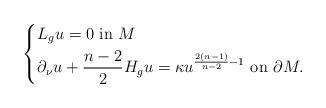
LaTeX: \begin{align*}\left\{\begin{aligned}&L_{g}u=0\ \hbox{in }M\\&{\partial_\nu}u+\frac{n-2}{2}H_{g}u=\kappa u^{\frac{2(n-1)}{n-2}-1} \ \hbox{on}\ \partial M.\end{aligned}\right.\end{align*}